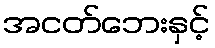
အငတ်ဘေးနှင့်